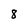
Character: 8